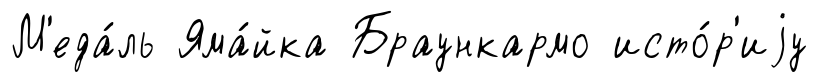
М'еда́ль Яма́йка Браункармо исто́р'иjу